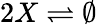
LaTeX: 2X\rightleftharpoons\emptyset